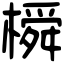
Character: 橓